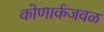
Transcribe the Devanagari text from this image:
कोणार्कजवळ